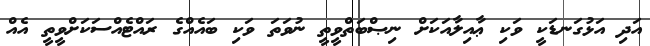
އަދި އަޅުގަނޑަކީ ވަކި ޢާއިލާއަކަށް ނިޞްބަތްވީތީ ނުވަތަ ވަކި ބައެއްގެ ރައްޓެއްސަކަށްވީތީ އެއް